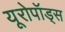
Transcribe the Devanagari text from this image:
यूरोपॉड्स